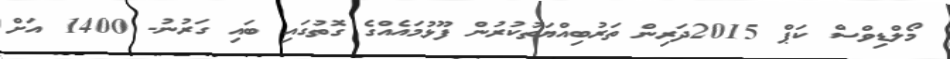
މޯލްޑިވްސް ކަޕް 2015ދަރިން ތަރުބިއްޔަތުކުރުން ފޫޅުމައެއްގެ ގޮތުގައި ބައި ގަރުނު- 1400 އަށް